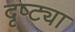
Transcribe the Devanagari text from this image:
दृष्‍ट्या